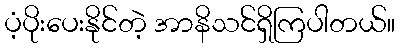
ပံ့ပိုးပေးနိုင်တဲ့ အာနိသင်ရှိကြပါတယ်။